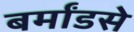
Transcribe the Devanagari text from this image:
बर्मांडसे